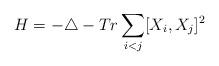
LaTeX: \begin{align*}H = - \triangle - Tr \sum_{i<j} [X_{i}, X_{j}]^2\end{align*}